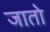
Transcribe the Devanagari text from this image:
जाताे